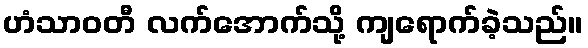
ဟံသာဝတီ လက်အောက်သို့ ကျရောက်ခဲ့သည်။